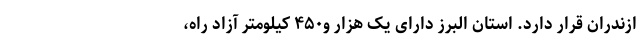
ازندران قرار دارد. استان البرز دارای یک هزار و۴۵۰ کیلومتر آزاد راه،